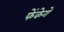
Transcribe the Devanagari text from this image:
फेंकेगे